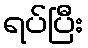
ရပ်ပြီး